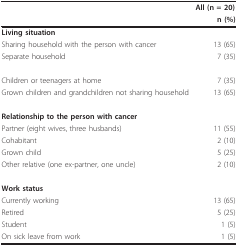
<table><thead><tr><td></td><td><b>All (n = 20)</b></td></tr><tr><td></td><td><b>n (%)</b></td></tr></thead><tbody><tr><td><b>Living situation</b></td><td></td></tr><tr><td>Sharing household with the person with cancer</td><td>13 (65)</td></tr><tr><td>Separate household</td><td>7 (35)</td></tr><tr><td>Children or teenagers at home</td><td>7 (35)</td></tr><tr><td>Grown children and grandchildren not sharing household</td><td>13 (65)</td></tr><tr><td><b>Relationship to the person with cancer</b></td><td></td></tr><tr><td>Partner (eight wives, three husbands)</td><td>11 (55)</td></tr><tr><td>Cohabitant</td><td>2 (10)</td></tr><tr><td>Grown child</td><td>5 (25)</td></tr><tr><td>Other relative (one ex-partner, one uncle)</td><td>2 (10)</td></tr><tr><td><b>Work status</b></td><td></td></tr><tr><td>Currently working</td><td>13 (65)</td></tr><tr><td>Retired</td><td>5 (25)</td></tr><tr><td>Student</td><td>1 (5)</td></tr><tr><td>On sick leave from work</td><td>1 (5)</td></tr></tbody></table>